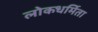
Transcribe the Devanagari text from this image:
लोकधर्मिता